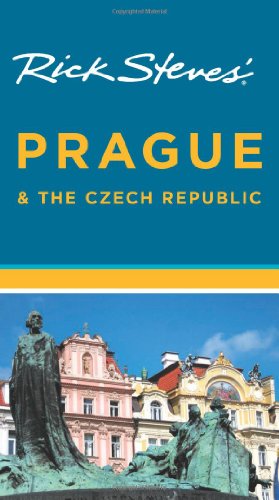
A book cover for Rick Steves' Prague and the Czech Republic; Rick Steves; Travel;